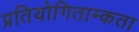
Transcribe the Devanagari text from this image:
प्रतियोगिताम्कता